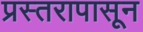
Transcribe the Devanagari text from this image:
प्रस्तरापासून